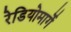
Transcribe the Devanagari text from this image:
रेडियोमार्गे